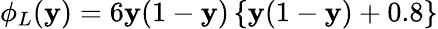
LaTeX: {\phi}_{L}(\mathbf{y})=6\mathbf{y}(1-\mathbf{y})\left\{ \mathbf{y}(1-\mathbf{y})+0.8\right\}